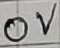
Text: 0V